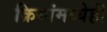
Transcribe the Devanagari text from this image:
क्रियांमध्येही